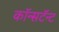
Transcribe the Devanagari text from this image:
कॉन्सटॅन्ट